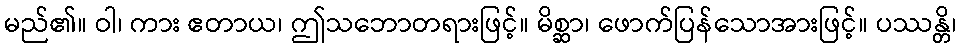
မည်၏။ ဝါ၊ ကား ဧတာယ၊ ဤသဘောတရားဖြင့်။ မိစ္ဆာ၊ ဖောက်ပြန်သောအားဖြင့်။ ပဿန္တိ၊